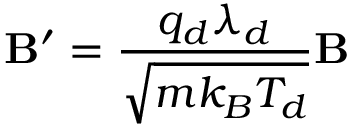
\mathbf { B } ^ { \prime } = \frac { q _ { d } \lambda _ { d } } { \sqrt { m k _ { B } T _ { d } } } \mathbf { B }